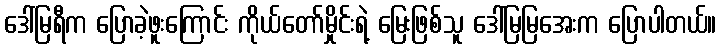
ဒေါ်မြရီက ပြောခဲ့ဖူးကြောင်း ကိုယ်တော်မှိုင်းရဲ့ မြေးဖြစ်သူ ဒေါ်မြမြအေးက ပြောပါတယ်။